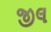
જીલ